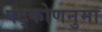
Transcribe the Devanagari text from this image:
षट्कोणनुमा